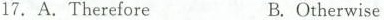
17. A. ThereforeB. Otherwise